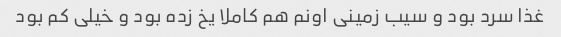
غذا سرد بود و سیب زمینی اونم هم کاملا یخ زده بود و خیلی کم بود